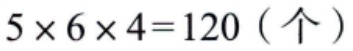
\(5\times 6\times 4 = 120\)（个）